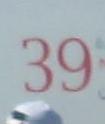
39